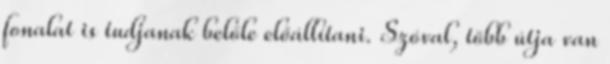
fonalat is tudjanak belőle előállítani. Szóval, több útja van